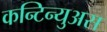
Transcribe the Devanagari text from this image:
कन्टिन्युअस